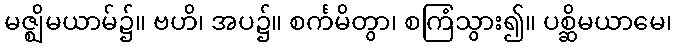
မဇ္ဈိမယာမ်၌။ ဗဟိ၊ အပ၌။ စင်္ကမိတွာ၊ စကြံသွား၍။ ပစ္ဆိမယာမေ၊